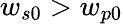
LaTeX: w_{s0}>w_{p0}